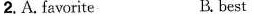
2. A. FawariteB. Best